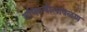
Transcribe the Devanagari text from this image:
अभिरुचीलावळण